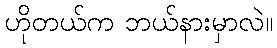
ဟိုတယ်က ဘယ်နားမှာလဲ။